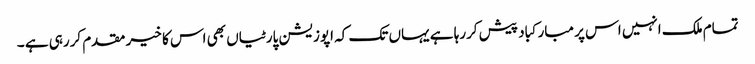
تمام ملک انہیں اس پر مبارکباد پیش کررہا ہے یہاں تک کہ اپوزیشن پارٹیاں بھی اس کا خیر مقدم کررہی ہے ۔